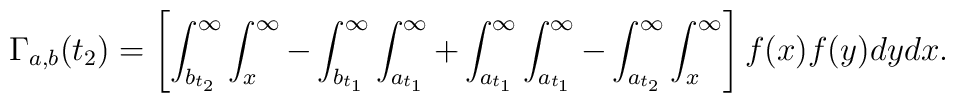
\Gamma_{a,b}(t_2)=\left[\int_{b_{t_2}}^\infty \int_x^\infty-\int_{b_{t_1}}^\infty \int_{a_{t_1}}^\infty+ \int_{a_{t_1}}^\infty\int_{a_{t_1}}^\infty-\int_{a_{t_2}}^\infty\int_x^\infty\right]f(x)f(y)dydx.